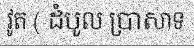
វូត ( ដំបូល ប្រាសាទ